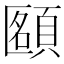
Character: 𩓴